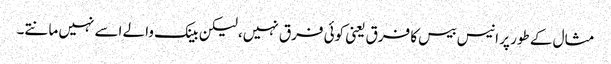
مثال کے طور پر انیس بیس کا فرق یعنی کوئی فرق نہیں، لیکن بینک والے اسے نہیں مانتے۔